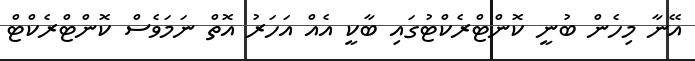
އޭނާ މިހެން ބުނީ ކޮންޓްރެކްޓުގައި ބާކީ އެއް އަހަރު އޮތް ނަމަވެސް ކޮންޓްރެކްޓް